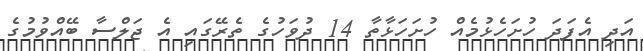
އަދި އެފަދަ ހުށަހެޅުމެއް ހުށަހަޅާތާ 14 ދުވަހުގެ ތެރޭގައި އެ ޖަލްސާ ބޭއްވުމުގެ